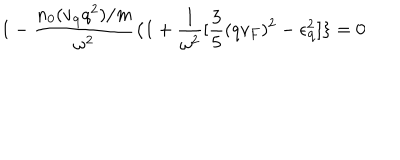
LaTeX: 1 - \frac { n _ { 0 } ( v _ { { \bf { q } } } q ^ { 2 } ) / m } { \omega ^ { 2 } } \{ 1 + \frac { 1 } { \omega ^ { 2 } } [ \frac { 3 } { 5 } ( q v _ { F } ) ^ { 2 } - \epsilon _ { { \bf { q } } } ^ { 2 } ] \} = 0